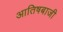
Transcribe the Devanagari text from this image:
आतिषबाजी